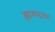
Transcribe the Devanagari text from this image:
झारपदावर